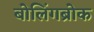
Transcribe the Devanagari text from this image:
बोलिंगब्रोक